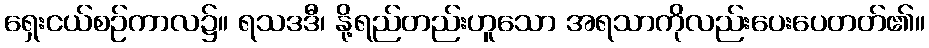
ရှေးငယ်စဉ်ကာလ၌။ ရသဒဒီ၊ နို့ရည်တည်းဟူသော အရသာကိုလည်းပေးပေတတ်၏။